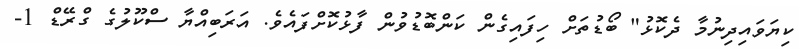
ކިޔަވައިދިނުމާ ދެކޮޅު" ބޯޑުތަށް ހިފައިގެން ކަންބޮޑުވުން ފާޅުކޮށްފައެވެ. އަރަބިއްޔާ ސްކޫލުގެ ގްރޭޑް 1-